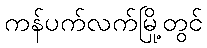
ကန်ပက်လက်မြို့တွင်